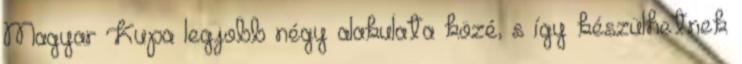
Magyar Kupa legjobb négy alakulata közé, s így készülhetnek